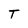
Character: T